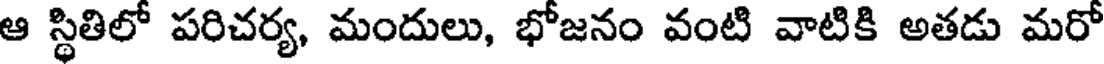
ఆ స్థితిలో పరిచర్య, మందులు, భోజనం వంటి వాటికి అతడు మరో